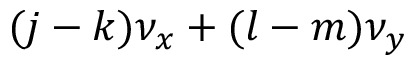
( j - k ) \nu _ { x } + ( l - m ) \nu _ { y }